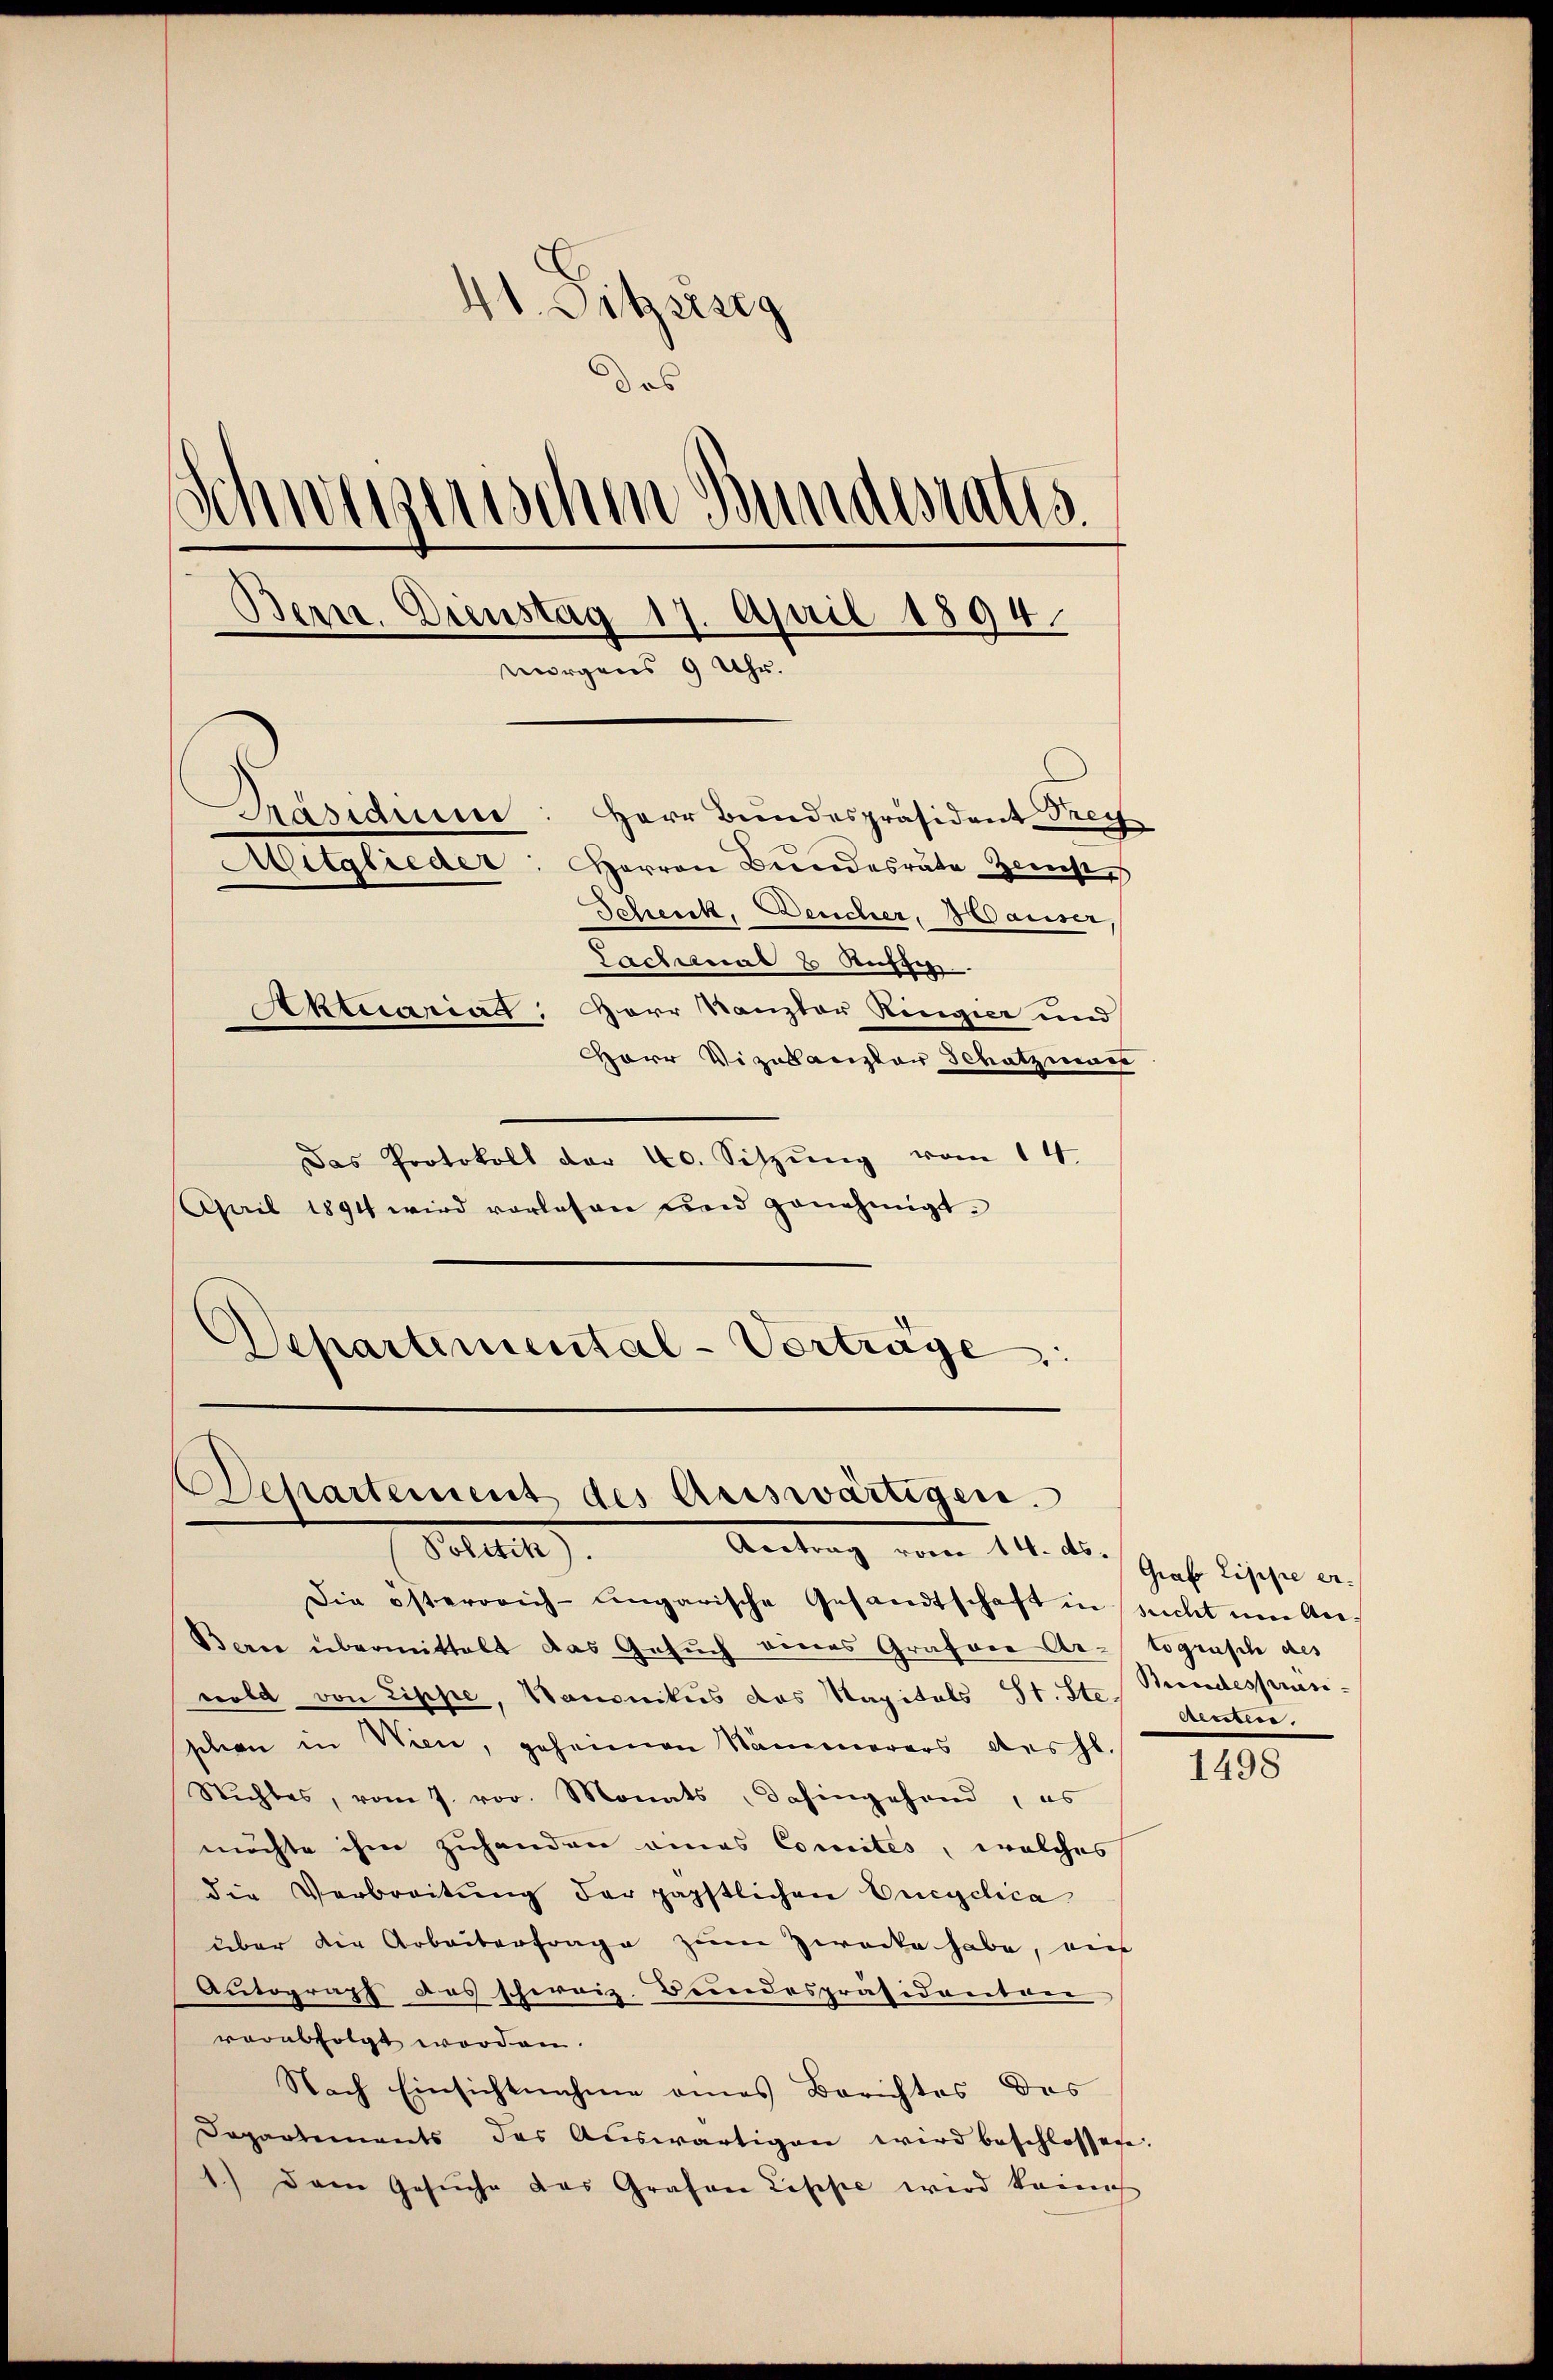
41. Sitzung
des
Schweizerischen Bundesraths.
Bern. Dienstag 17. April 1894.
morgens 9 Uhr.
Präsidium: Herr Bundespräsident Frey
Aitglieder
Herren Bŭndesrate Zinse
Schenk, Deucher, Hauser
Sachenal 8. Aussi
Aktuarialt: Herr Kanzler Ringier und
Herr Vizekanzler Schatzman

Das Protokoll der 40. Sitzŭng vom 14.
Aail 1891 wird vorlesen und genehmigt.
Departemental-Verträge

Die österreich-ungarische Gesandtschaft in sucht um An-
Berne übermittelt das Gesŭch eines Grafer-Ar-lograsch des
wold von Lippe, Kanonikus des Kapitals St. Steh genten
schen in Wien, geheimen Nämmerers des hl.
Nichtes, vom 7. vor. Monats, dahingehand, es
möchte ihm zuhanden eines Comites, welches
die Verbreitŭng der päpstlichen Encyclica
über die Arbeiterfrage zum Zwecke habe, auf
Autograph das schweiz. Beindespräsidenterr
verabfolgt worden.
Nach Einsichtnahme eines Berichtes des
Departements des Auswärtigen wird beschlossen.
1.) Dann Gesuche das Grafen Lesehe wird kein

Departement des Auswärtigen.
Felette
Antrag vom 14. ds. Graf bischen we

Bundespräse

1498